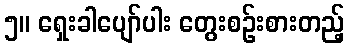
၅။ ရှေးခါပျော်ပါး တွေးစဉ်းစားတည့်